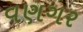
વણગર